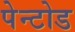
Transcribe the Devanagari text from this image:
पेन्टोड